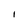
Character: l